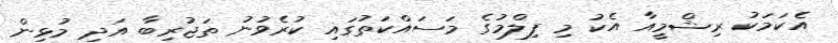
އެކަމަކު ރިޝްމީއާ އެކު މި ފިލްމުގެ މަސައްކަތުގައި ކުރެވުނު ތަޖުރިބާ އަދި މުޅިން